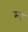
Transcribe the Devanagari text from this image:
म्प